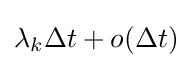
\lambda _{k}\Delta t+o(\Delta t)